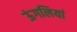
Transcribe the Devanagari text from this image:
ऊंगलियां